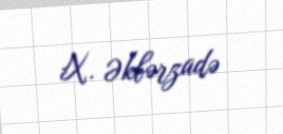
X. Əkbərzadə